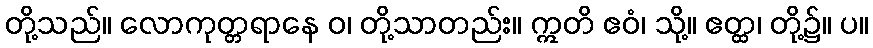
တို့သည်။ လောကုတ္တရာနေ ဝ၊ တို့သာတည်း။ ဣတိ ဧဝံ၊ သို့။ ဧတ္ထ၊ တို့၌။ ပ။